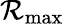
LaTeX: \mathcal{R}_{\textrm{max}}